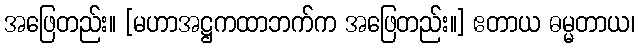
အဖြေတည်း။ [မဟာအဋ္ဌကထာဘက်က အဖြေတည်း။] ဧတာယ ဓမ္မတာယ၊